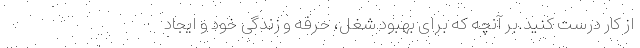
از کار درست کنید.بر آنچه که برای بهبود شغل، حرفه و زندگی خود و ایجاد